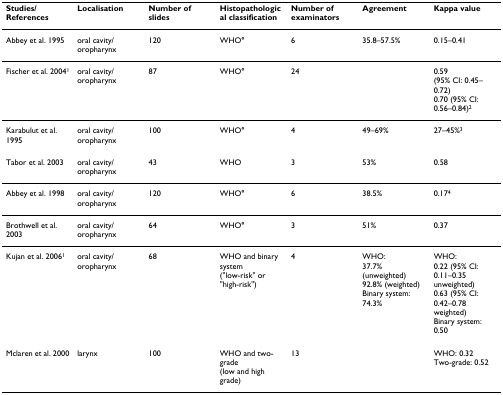
<table><thead><tr><td><b>Studies/References</b></td><td><b>Localisation</b></td><td><b>Number of slides</b></td><td><b>Histopathological classification</b></td><td><b>Number of examinators</b></td><td><b>Agreement</b></td><td><b>Kappa value</b></td></tr></thead><tbody><tr><td>Abbey et al. 1995</td><td>oral cavity/oropharynx</td><td>120</td><td>WHO<b>°</b></td><td>6</td><td>35.8–57.5%</td><td>0.15–0.41</td></tr><tr><td>Fischer et al. 2004<sup>1</sup></td><td>oral cavity/oropharynx</td><td>87</td><td>WHO<b>°</b></td><td>24</td><td></td><td>0.59 (95% CI: 0.45–0.72)0.70 (95% CI: 0.56–0.84)<sup>2</sup></td></tr><tr><td>Karabulut et al. 1995</td><td>oral cavity/oropharynx</td><td>100</td><td>WHO<b>°</b></td><td>4</td><td>49–69%</td><td>27–45%<sup>3</sup></td></tr><tr><td>Tabor et al. 2003</td><td>oral cavity/oropharynx</td><td>43</td><td>WHO</td><td>3</td><td>53%</td><td>0.58</td></tr><tr><td>Abbey et al. 1998</td><td>oral cavity/oropharynx</td><td>120</td><td>WHO<b>°</b></td><td>6</td><td>38.5%</td><td>0.17<sup>4</sup></td></tr><tr><td>Brothwell et al. 2003</td><td>oral cavity/oropharynx</td><td>64</td><td>WHO<b>°</b></td><td>3</td><td>51%</td><td>0.37</td></tr><tr><td>Kujan et al. 2006<sup>1</sup></td><td>oral cavity/oropharynx</td><td>68</td><td>WHO and binary system (&quot;low-risk&quot; or &quot;high-risk&quot;)</td><td>4</td><td>WHO:37.7% (unweighted)92.8% (weighted)Binary system:74.3%</td><td>WHO:0.22 (95% CI: 0.11–0.35 unweighted)0.63 (95% CI: 0.42–0.78 weighted)Binary system:0.50</td></tr><tr><td>Mclaren et al. 2000</td><td>larynx</td><td>100</td><td>WHO and two-grade (low and high grade)</td><td>13</td><td></td><td>WHO: 0.32Two-grade: 0.52</td></tr></tbody></table>